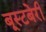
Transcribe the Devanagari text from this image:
बूस्टबेरी